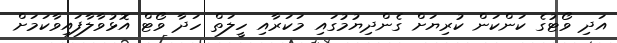
އަދި ވޯޓުގެ ކަންކަން ކުރިޔަށް ގެންދިޔުމުގައި މަކަރާއި ހީލަތް ހަދާ ވޯޓް އޮޅުވާލާފައިވާކަމަށް